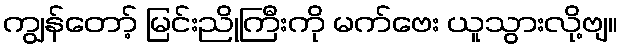
ကျွန်တော့် မြင်းညိုကြီးကို မက်ဗေး ယူသွားလို့ဗျ။